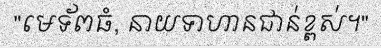
"មេទ័ពធំ, នាយទាហានជាន់ខ្ពស់។"